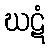
ဃဋံ